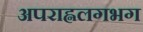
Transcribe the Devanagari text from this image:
अपराह्नलगभग